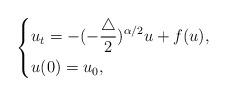
LaTeX: \begin{align*} \ \left\{\begin{aligned}&u_{t}=-(-\frac{\triangle}{2})^{\alpha/2}u+f(u),\\&u(0)=u_{0},\end{aligned}\right.\end{align*}